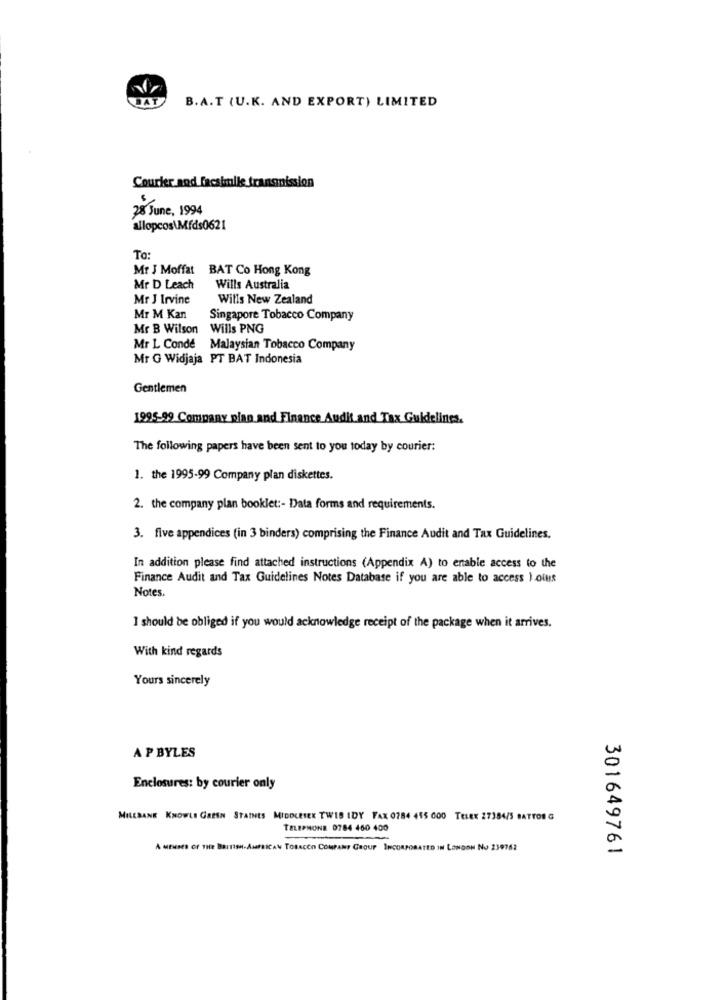
BAT
B.A.T (U.K. AND EXPORT) LIMITED
Courier and facsimile transmission
28 June, 1994
allopcos\Mfds0621
To:
Mr J Moffat BAT Co Hong Kong
Mr D Leach
Wills Australia
Mr J Irvine
Wills New Zealand
Mr M Kan
Singapore Tobacco Company
Mr B Wilson
Wills PNG
Mr L Conde Malaysian Tobacco Company
Mr G Widjaja PT BAT Indonesia
Gentlemen
1995-99 Company pian and Finance Audit and Tax Guidelines.
The following papers have been sent to you today by courier:
1. the 1995-99 Company plan diskettes.
2. the company plan booklet :- Data forms and requirements.
3. five appendices (in 3 binders) comprising the Finance Audit and Tax Guidelines.
In addition please find attached instructions (Appendix A) to enable access to the
Finance Audit and Tax Guidelines Notes Database if you are able to access ) olus
Notes.
I should be obliged if you would acknowledge receipt of the package when it arrives.
With kind regards
Yours sincerely
A P BYLES
Enclosures: by courier only
MILLBANE KNOWLE GREN STAINES MIDDLESEX TWIS IDY FAX 0784 415 000 TELEK 27384/5 BATTON G
TELEPHONE 0784 460 400
A MEuses of THE Ba
H-AMERICAN TOBACCO COMPANY GROUP INCORPORATED IN LONDON NO 239762
301649761